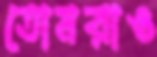
তোমরাও